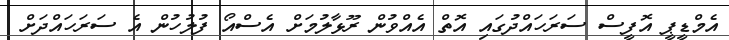
އެމްޑީޕީ އޮފީސް ސަރަހައްދުގައި އޮތް އެއްވުން ރޫޅާލުމަށް އެސްއޯ ފުލުހުން އެ ސަރަހައްދަށް